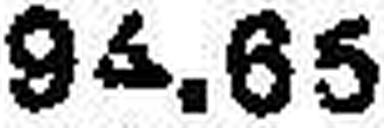
94.65